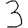
Digit: 3